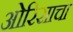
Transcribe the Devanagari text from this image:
ओरिसाचा